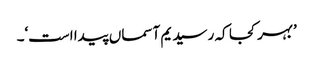
’بہر کجا کہ رسید یم آسماں پیدا است‘۔